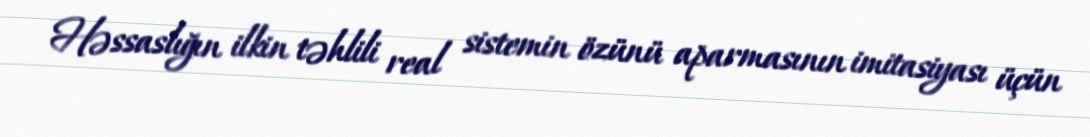
Həssaslığın ilkin təhlili real sistemin özünü aparmasının imitasiyası üçün